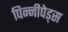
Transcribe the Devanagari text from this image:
पिन्नीपेड्स